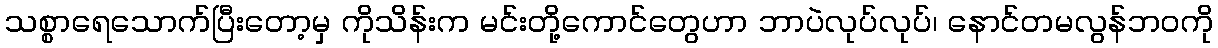
သစ္စာရေသောက်ပြီးတော့မှ ကိုသိန်းက မင်းတို့ကောင်တွေဟာ ဘာပဲလုပ်လုပ်၊ နောင်တမလွန်ဘဝကို